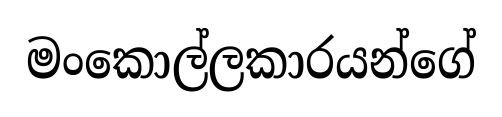
මංකොල්ලකාරයන්ගේ